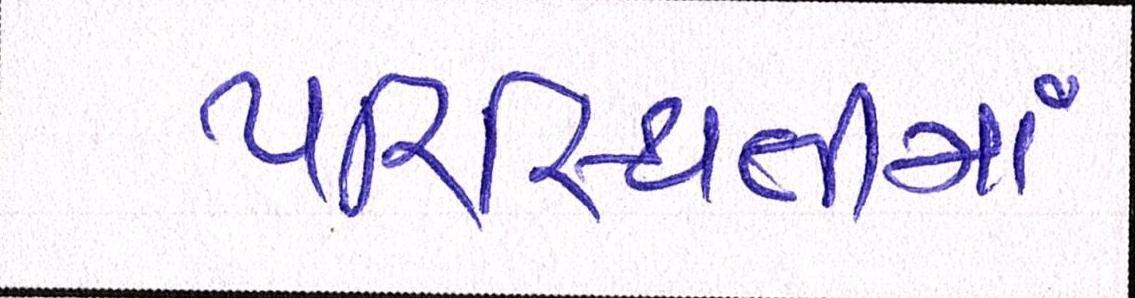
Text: પરિસ્થિતીમા